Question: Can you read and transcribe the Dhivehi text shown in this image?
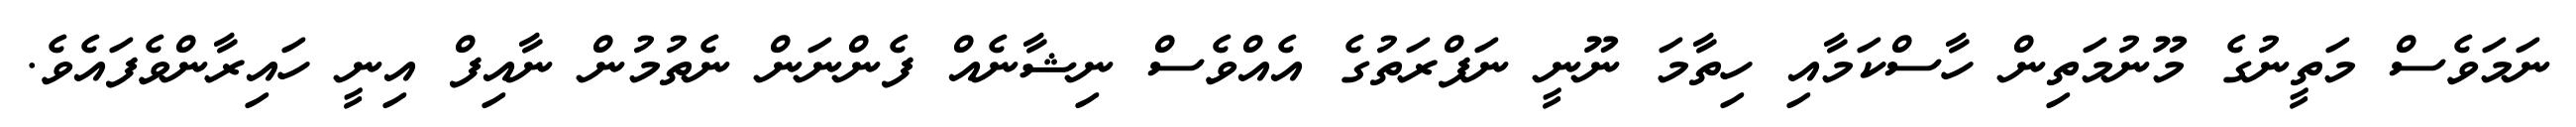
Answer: ނަމަވެސް މަތީނުގެ މޫނުމަތިން ހާސްކަމާއި ހިތާމަ ނޫނީ ނަފްރަތުގެ އެއްވެސް ނިޝާނެއް ފެންނަން ނެތުމުން ނާއިފް އިނީ ހައިރާންވެފައެވެ.